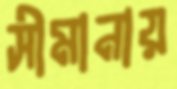
সীমানায়